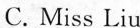
C. Miss Liu